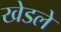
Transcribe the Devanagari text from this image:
खेडले